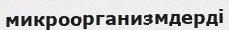
микроорганизмдерді